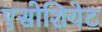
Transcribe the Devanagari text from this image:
एसोशियेट